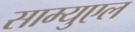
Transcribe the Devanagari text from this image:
साम्युएल